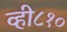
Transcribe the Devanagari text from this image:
व्ही८१०